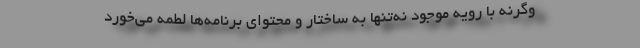
وگرنه با رویه موجود نه‌تنها به ساختار و محتوای برنامه‌ها لطمه می‌خورد